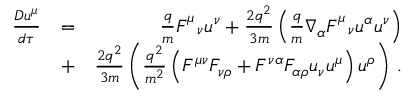
\begin{array} { r l r } { \frac { D u ^ { \mu } } { d \tau } } & { = } & { \frac { q } { m } F _ { \ \ \nu } ^ { \mu } u ^ { \nu } + \frac { 2 q ^ { 2 } } { 3 m } \left( \frac { q } { m } \nabla _ { \alpha } F _ { \ \ \nu } ^ { \mu } u ^ { \alpha } u ^ { \nu } \right) } \\ & { + } & { \frac { 2 q ^ { 2 } } { 3 m } \left( \frac { q ^ { 2 } } { m ^ { 2 } } \left( F ^ { \mu \nu } F _ { \nu \rho } + F ^ { \nu \alpha } F _ { \alpha \rho } u _ { \nu } u ^ { \mu } \right) u ^ { \rho } \right) \, . } \end{array}